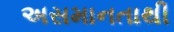
અસમાનતાથી